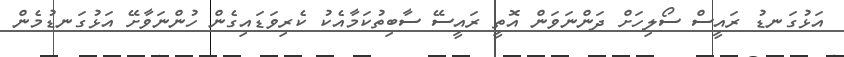
އަޅުގަނޑު ރައީސް ސޯލިހަށް ދަންނަވަން އޮތީ ރައީސޭ ސާބިތުކަމާއެކު ކެރިވަޑައިގެން ހުންނަވާށޭ އަޅުގަނޑުމެން